General report no. 6 on the lunatic asylums, vaccination and dispensaries in the Bengal Presidency, 1873 -
Year: 1873
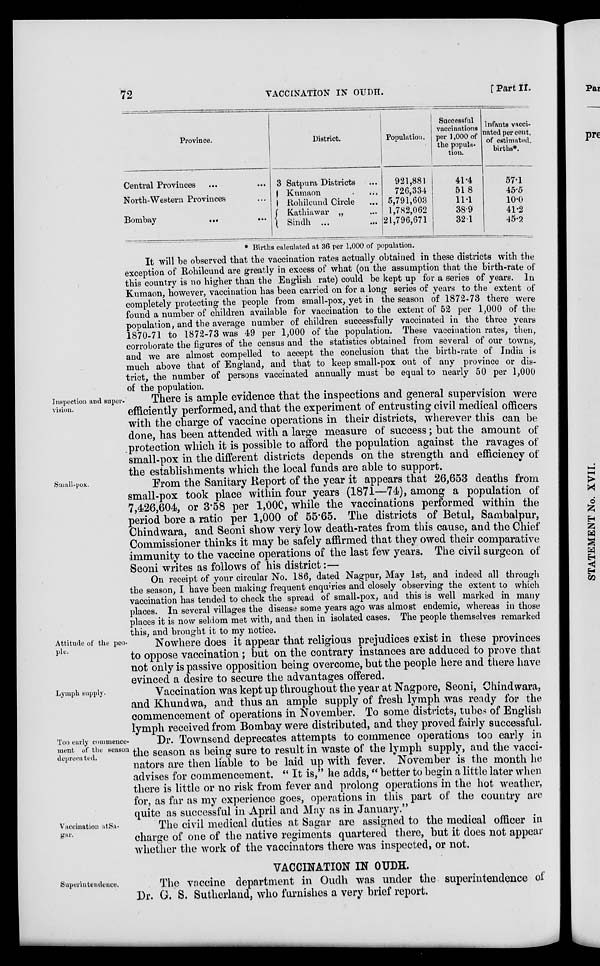
72
VACCINATION IN OUDH.
[PartII.
Province.
Central Provinces ... ...
North-Western Provinces ...
Bombay
...
...
District.
3 Satpura Districts ...
Kumaon ...
Rohilcund Circle ...
Kathiawar „ ...
Sindh... ...
Population.
921,881
726,331
5,791,603
1,782,062
21,796,671
Successful
vaccinations
per 1,000 of
the popula-
tion.
41.4
51.8
11.1
38.9
321
Infauts vacci-
nated percent.
of estimated.
births.
57.1
45.5
10.0
41.2
45.2
* Births calculated at 36 per 1,000 of population.
It will be observed that the vaccination rates actually obtained in these districts with the
exception of Rohilcund are greatly in excess of what (on the assumption that the birth-rate of
this country is no higher than the English rate) could be kept up for a series of years. In
Kumaon, however, vaccination has been carried on for a long series of years to the extent of
completely protecting the people from small-pox, yet in the season of 1872-73 there were
found a number of children available for vaccination to the extent of 52 per 1,000 of the
population, and the average number of children successfully vaccinated in the three years
1870-71 to 1872-73 was 49 per 1,000 of the population. These vaccination rates, then,
corroborate the figures of the census and the statistics obtained from several of our towns,
and we are almost compelled to accept the conclusion that the birth-rate of India is
much above that of England, and that to keep small-pox out of any province or dis-
trict, the number of persons vaccinated annually must be equal to nearly 50 per 1,000
of the population.
Inspection and super-
vision.
There is ample evidence that the inspections and general supervision were
efficiently performed, and that the experiment of entrusting civil medical officers
with the charge of vaccine operations in their districts, wherever this can be
done, has been attended with a large measure of success; but the amount of
protection which it is possible to afford the population against the ravages of
small-pox in the different districts depends on the strength and efficiency of
the establishments which the local funds are able to support.
Small-pox.
From the Sanitary Report of the year it appears that 26,653 deaths from
small-pox took place within four years (1871—74), among a population of
7,426,604, or 3.58 per 1,00C, while the vaccinations performed within the
period bore a ratio per 1,000 of 55.65. The districts of Betul, Sambalpur,
Chindwara, and Seoni show very low death-rates from this cause, and the Chief
Commissioner thinks it may be safely affirmed that they owed their comparative
immunity to the vaccine operations of the last few years. The civil surgeon of
Seoni writes as follows of his district:—
On receipt of your circular No. 186, dated Nagpur, May 1st, and indeed all through
the season, I have been making frequent enquiries and closely observing the extent to which
vaccination has tended to check the spread of small-pox, and this is well marked in many
places. In several villages the disease some years ago was almost endemic, whereas in those
places it is now seldom met with, and then in isolated cases. The people themselves remarked
this, and brought it to my notice.
Attitude of the peo-
ple.
Nowhere does it appear that religious prejudices exist in these provinces
to oppose vaccination ; but on the contrary instances are adduced to prove that
not only is passive opposition being overcome, but the people here and there have
evinced a desire to secure the advantages offered.
Lymph supply.
Vaccination was kept up throughout the year at Nagpore, Seoni, Chindwara,
and Khundwa, and thus an ample supply of fresh lymph was ready for the
commencement of operations in November. To some districts, tubes of English
lymph received from Bombay were distributed, and they proved fairly successful.
Too early commence-
ment of the season
deprecated.
Dr. Townsend deprecates attempts to commence operations too early in
the season as being sure to result in waste of the lymph supply, and the vacci-
nators are then liable to be laid up with fever. November is the month he
advises for commencement. " It is," he adds, " better to begin a little later when
there is little or no risk from fever and prolong operations in the hot weather,
for, as far as my experience goes, operations in this part of the country are
quite as successful in April and May as in January."
Vaccination at Sa-
gar.
The civil medical duties at Sagar are assigned to the medical officer in
charge of one of the native regiments quartered there, but it does not appear
whether the work of the vaccinators there was inspected, or not.
VACCINATION IN OUDH.
Superintendence.
The vaccine department in Oudh was under the superintendence of
Dr. G. S. Sutherland, who furnishes a very brief report.